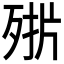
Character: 𣨊